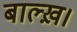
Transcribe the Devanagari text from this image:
बाल्ख़।